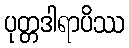
ပုတ္တဒါရာပိဿ